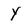
Character: Y